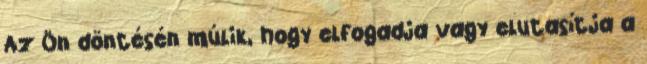
Az Ön döntésén múlik, hogy elfogadja vagy elutasítja a